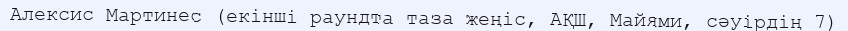
Алексис Мартинес (екінші раундта таза жеңіс, АҚШ, Майями, сәуірдің 7)